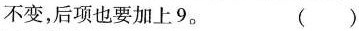
不变，后项也要加上9。 ( )